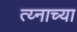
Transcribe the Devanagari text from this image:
त्य्नाच्या